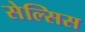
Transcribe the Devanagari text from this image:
सेल्सिस